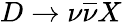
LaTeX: D\to\nu\overline{{\nu}}X